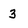
Character: 3